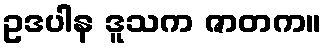
ဥဒပါန ဒူသက ဇာတက။